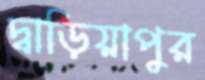
দ্বাড়িয়াপুর